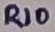
Text: R10